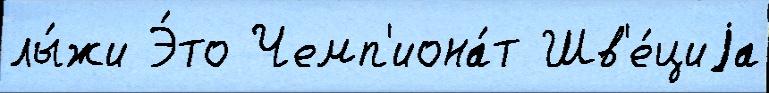
лы́жи Э́то Чемп'иона́т Шв'е́циjа